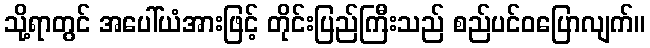
သို့ရာတွင် အပေါ်ယံအားဖြင့် တိုင်းပြည်ကြီးသည် စည်ပင်ဝပြောလျက်။